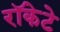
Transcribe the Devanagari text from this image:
रॉकेटे